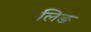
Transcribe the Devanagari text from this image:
लिङ